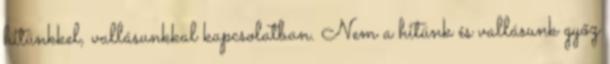
hitünkkel, vallásunkkal kapcsolatban. Nem a hitünk és vallásunk győz